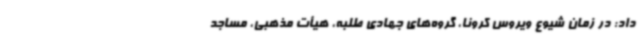
داد: در زمان شیوع ویروس کرونا، گروه‌های جهادی طلبه، هیأت مذهبی، مساجد